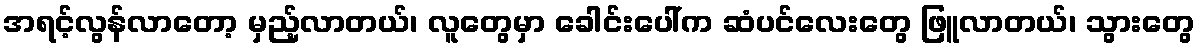
အရင့်လွန်လာတော့ မှည့်လာတယ်၊ လူတွေမှာ ခေါင်းပေါ်က ဆံပင်လေးတွေ ဖြူလာတယ်၊ သွားတွေ